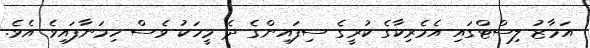
އަމާޒު ލިސްޓްގައި އެމެރިކާގެ ކުރީގެ ސިފައިންގެ ދެ މީހަކު ވެސް ހިމަނާފައިވެ އެވެ.